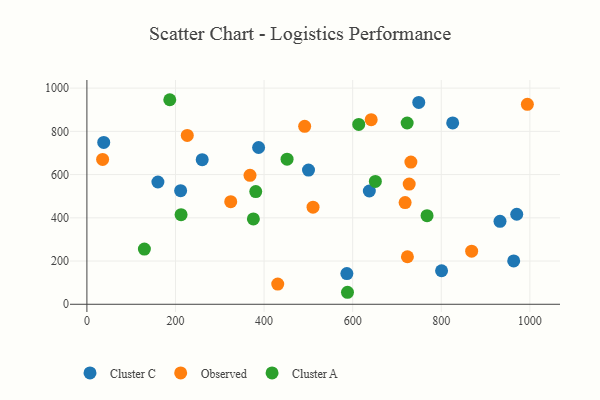
{"axis": {"x": "Ad Spend", "y": "Yield"}, "legend": ["Cluster A", "Cluster C", "Observed"], "data": [{"x": "749.2", "y": 934.0, "type": "Cluster C"}, {"x": "260.3", "y": 669.2, "type": "Cluster C"}, {"x": "970.4", "y": 416.5, "type": "Cluster C"}, {"x": "932.6", "y": 383.9, "type": "Cluster C"}, {"x": "38.0", "y": 749.0, "type": "Cluster C"}, {"x": "637.6", "y": 524.1, "type": "Cluster C"}, {"x": "586.9", "y": 142.1, "type": "Cluster C"}, {"x": "825.8", "y": 839.0, "type": "Cluster C"}, {"x": "500.3", "y": 620.7, "type": "Cluster C"}, {"x": "387.6", "y": 725.3, "type": "Cluster C"}, {"x": "963.5", "y": 200.5, "type": "Cluster C"}, {"x": "160.3", "y": 565.8, "type": "Cluster C"}, {"x": "211.6", "y": 525.8, "type": "Cluster C"}, {"x": "800.7", "y": 155.1, "type": "Cluster C"}, {"x": "430.8", "y": 93.3, "type": "Observed"}, {"x": "868.6", "y": 245.8, "type": "Observed"}, {"x": "718.4", "y": 470.5, "type": "Observed"}, {"x": "994.4", "y": 925.3, "type": "Observed"}, {"x": "226.6", "y": 781.1, "type": "Observed"}, {"x": "723.6", "y": 219.8, "type": "Observed"}, {"x": "727.6", "y": 556.3, "type": "Observed"}, {"x": "491.6", "y": 823.1, "type": "Observed"}, {"x": "510.5", "y": 449.4, "type": "Observed"}, {"x": "368.2", "y": 596.6, "type": "Observed"}, {"x": "324.7", "y": 474.6, "type": "Observed"}, {"x": "35.5", "y": 670.3, "type": "Observed"}, {"x": "641.8", "y": 854.2, "type": "Observed"}, {"x": "731.4", "y": 658.1, "type": "Observed"}, {"x": "723.0", "y": 838.7, "type": "Cluster A"}, {"x": "187.1", "y": 946.4, "type": "Cluster A"}, {"x": "588.3", "y": 55.5, "type": "Cluster A"}, {"x": "451.9", "y": 671.3, "type": "Cluster A"}, {"x": "129.8", "y": 255.2, "type": "Cluster A"}, {"x": "375.8", "y": 394.9, "type": "Cluster A"}, {"x": "381.2", "y": 521.6, "type": "Cluster A"}, {"x": "651.2", "y": 568.6, "type": "Cluster A"}, {"x": "767.9", "y": 409.8, "type": "Cluster A"}, {"x": "212.6", "y": 414.7, "type": "Cluster A"}, {"x": "613.7", "y": 832.2, "type": "Cluster A"}]}